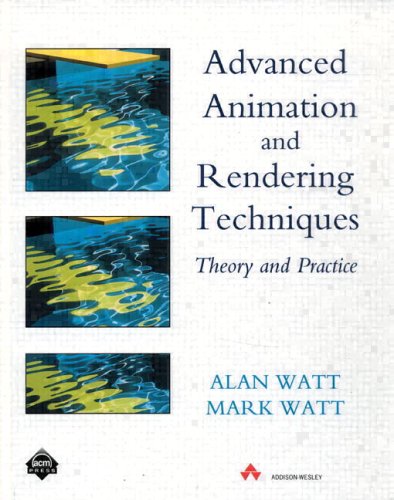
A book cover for Advanced Animation and Rendering Techniques; Alan Watt; Computers & Technology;